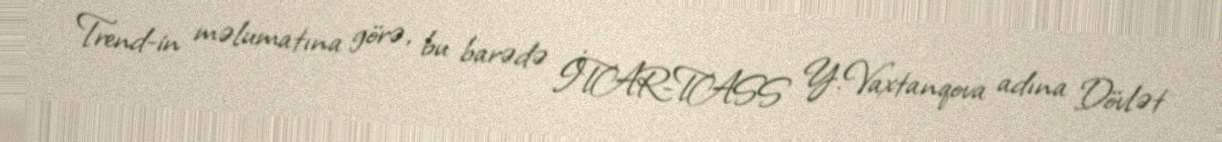
Trend-in məlumatına görə, bu barədə İTAR-TASS Y.Vaxtanqova adına Dövlət